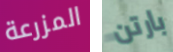
المزرعة بارتن